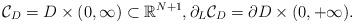
LaTeX: \begin{align*}\mathcal{C}_{D}= D\times(0,\infty)\subset \mathbb{R}^{N+1},\partial_L \mathcal{C}_{D}=\partial D\times (0, +\infty).\end{align*}